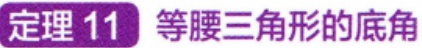
定理 11 等腰三角形的底角